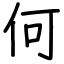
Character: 何